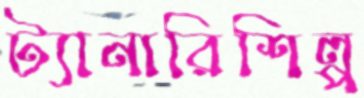
ট্যানারিশিল্প